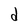
Character: d